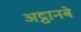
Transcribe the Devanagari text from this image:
अट्ठानबे